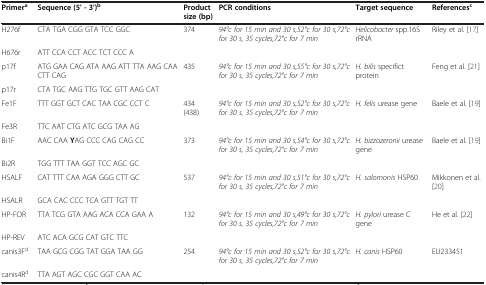
<table><thead><tr><td><b>Primer<sup>a</sup></b></td><td><b>Sequence (5&#x27; - 3&#x27;)<sup>b</sup></b></td><td><b>Product size (bp)</b></td><td><b>PCR conditions</b></td><td><b>Target sequence</b></td><td><b>References<sup>c</sup></b></td></tr></thead><tbody><tr><td>H276f</td><td>CTA TGA CGG GTA TCC GGC</td><td>374</td><td><i>94°c for 15 min and 30 s,52°c for 30 s,72°c for 30 s, 35 cycles,72°c for 7 min</i></td><td><i>Helicobacter</i> spp.16S rRNA</td><td>Riley et al. [17]</td></tr><tr><td>H676r</td><td>ATT CCA CCT ACC TCT CCC A</td><td> </td><td> </td><td> </td><td> </td></tr><tr><td>p17f</td><td>ATG GAA CAG ATA AAG ATT TTA AAG CAA CTT CAG</td><td>435</td><td><i>94°c for 15 min and 30 s,55°c for 30 s,72°c for 30 s, 35 cycles,72°c for 7 min</i></td><td><i>H. bilis</i> specifict protein</td><td>Feng et al. [21]</td></tr><tr><td>p17r</td><td>CTA TGC AAG TTG TGC GTT AAG CAT</td><td> </td><td> </td><td> </td><td> </td></tr><tr><td>Fe1F</td><td>TTT GGT GCT CAC TAA CGC CCT C</td><td>434 (438)</td><td><i>94°c for 15 min and 30 s,52°c for 30 s,72°c for 30 s, 35 cycles,72°c for 7 min</i></td><td><i>H. felis</i> urease gene</td><td>Baele et al. [19]</td></tr><tr><td>Fe3R</td><td>TTC AAT CTG ATC GCG TAA AG</td><td> </td><td> </td><td> </td><td> </td></tr><tr><td>Bi1F</td><td>AAC CAA <b>Y</b>AG CCC CAG CAG CC</td><td>373</td><td><i>94°c for 15 min and 30 s,54°c for 30 s,72°c for 30 s, 35 cycles,72°c for 7 min</i></td><td><i>H. bizzozeronii</i> urease gene</td><td>Baele et al. [19]</td></tr><tr><td>Bi2R</td><td>TGG TTT TAA GGT TCC AGC GC</td><td> </td><td> </td><td> </td><td> </td></tr><tr><td>HSALF</td><td>CAT TTT CAA AGA GGG CTT GC</td><td>537</td><td><i>94°c for 15 min and 30 s,51°c for 30 s,72°c for 30 s, 35 cycles,72°c for 7 min</i></td><td><i>H. salomonis</i> HSP60</td><td>Mikkonen et al. [20]</td></tr><tr><td>HSALR</td><td>GCA CAC CCC TCA GTT TGT TT</td><td> </td><td> </td><td> </td><td> </td></tr><tr><td>HP-FOR</td><td>TTA TCG GTA AAG ACA CCA GAA A</td><td>132</td><td><i>94°c for 15 min and 30 s,49°c for 30 s,72°c for 30 s, 35 cycles,72°c for 7 min</i></td><td><i>H. pylori</i> urease C gene</td><td>He et al. [22]</td></tr><tr><td>HP-REV</td><td>ATC ACA GCG CAT GTC TTC</td><td> </td><td> </td><td> </td><td> </td></tr><tr><td>canis3F<sup>d</sup></td><td>TAA GCG CGG TAT GGA TAA GG</td><td>254</td><td><i>94°c for 15 min and 30 s,52°c for 30 s,72°c for 30 s, 35 cycles,72°c for 7 min</i></td><td><i>H. canis</i> HSP60</td><td>EU233451</td></tr><tr><td>canis4R<sup>d</sup></td><td>TTA AGT AGC CGC GGT CAA AC</td><td> </td><td> </td><td> </td><td> </td></tr></tbody></table>